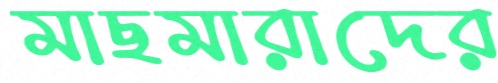
মাছমারাদের